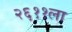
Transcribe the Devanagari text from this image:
२६११ला